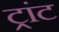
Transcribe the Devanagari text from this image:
ट्रांट